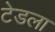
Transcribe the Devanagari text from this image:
टेडला